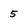
Character: 5